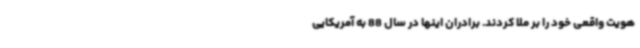
هویت واقعی خود را بر ملا کردند. برادران اینها در سال 88 به آمریکایی